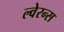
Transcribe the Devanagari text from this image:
ल्वेरन्स